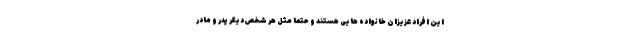
این افراد عزیزان خانواده هایی هستند و حتما مثل هر شخص دیگر پدر و مادر